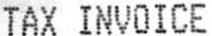
TAX INVOICE